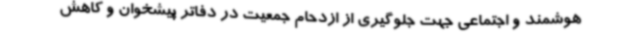
هوشمند و اجتماعی جهت جلوگیری از ازدحام جمعیت در دفاتر پیشخوان و کاهش